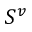
S ^ { v }